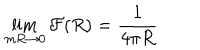
LaTeX: \lim _ { m R \rightarrow 0 } { \cal F } ( R ) = \frac { 1 } { 4 \pi R }